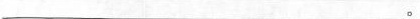
___。